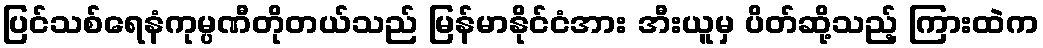
ပြင်သစ်ရေနံကုမ္ပဏီတိုတယ်သည် မြန်မာနိုင်ငံအား အီးယူမှ ပိတ်ဆို့သည့် ကြားထဲက